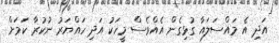
އަދި އެ މައްސަލައާ ގުޅިގެން އެއްވެސް މީހަކު އަދި ހައްޔަރު ނުކުރާ ކަމަށް